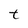
Character: t